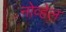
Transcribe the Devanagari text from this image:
नोव्हेल